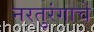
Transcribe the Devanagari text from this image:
नरतुरंगाचे